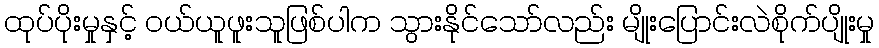
ထုပ်ပိုးမှုနှင့် ဝယ်ယူဖူးသူဖြစ်ပါက သွားနိုင်သော်လည်း မျိုးပြောင်းလဲစိုက်ပျိုးမှု